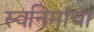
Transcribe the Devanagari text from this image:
स्वनिमांचा